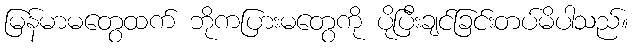
မြန်မာမတွေထက် ဘိုကပြားမတွေကို ပိုပြီးချင်ခြင်းတပ်မိပါသည်။